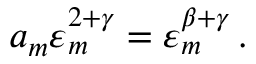
a _ { m } \varepsilon _ { m } ^ { 2 + \gamma } = \varepsilon _ { m } ^ { \beta + \gamma } \, .